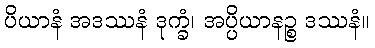
ပိယာနံ အဒဿနံ ဒုက္ခံ၊ အပ္ပိယာနဉ္စ ဒဿနံ။